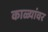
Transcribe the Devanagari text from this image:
काळ्यांवर